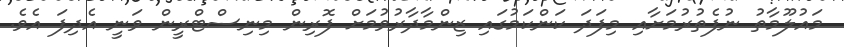
މައުލޫމާތު ނުފެތުރުމަށާއި މިފަދަ ކަންކަމުގައި ޒިންމާދާރުވުމަށް ފޮރިން މިނިސްޓްރީން ވަނީ އެދިފަ އެވެ.